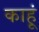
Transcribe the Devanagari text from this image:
काहूं